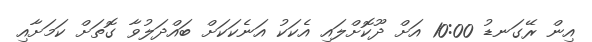
އިން ރޭގަނޑު 10:00 އަށް ދޫކޮށްލައި އެކަކު އަނެކަކަށް ބައްދަލުވާ ގޮތަށް ކަމަށާއި